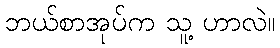
ဘယ်စာအုပ်က သူ့ ဟာလဲ။